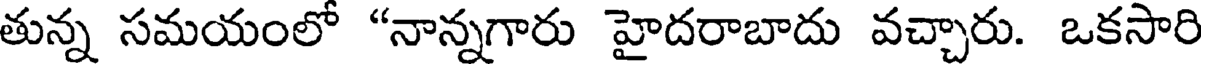
తున్న సమయంలో "నాన్నగారు హైదరాబాదు వచ్చారు. ఒకసారి